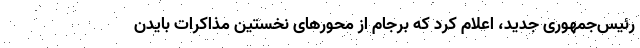
رئیس‌جمهوری جدید، اعلام کرد که برجام از محورهای نخستین مذاکرات بایدن